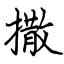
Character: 撒